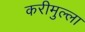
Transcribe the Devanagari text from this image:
करीमुल्ला